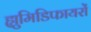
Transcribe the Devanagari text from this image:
ह्युमिडिफायरों